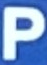
P